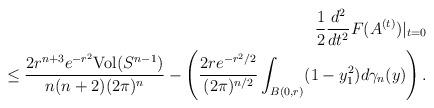
LaTeX: \begin{align*}\frac{1}{2}\frac{d^{2}}{dt^{2}}F(A^{(t)})|_{t=0}\\\leq\frac{2r^{n+3}e^{-r^{2}}\mathrm{Vol}(S^{n-1})}{n(n+2)(2\pi)^{n}}-\left(\frac{2re^{-r^{2}/2}}{(2\pi)^{n/2}}\int_{B(0,r)}(1-y_{1}^{2})d\gamma_{n}(y)\right).\end{align*}